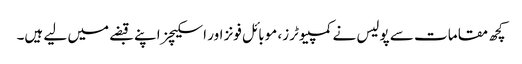
کچھ مقامات سے پولیس نے کمپیوٹرز، موبائل فونز اور اسکیچز اپنے قبضے میں لیے ہیں۔